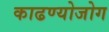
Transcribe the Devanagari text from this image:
काढण्योजोग